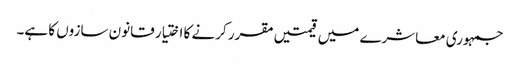
جمہوری معاشرے میں قیمتیں مقرر کرنے کا اختیار قانون سازوں کا ہے۔